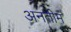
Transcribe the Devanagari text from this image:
अनतीम